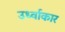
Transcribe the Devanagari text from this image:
उर्ध्वाकार